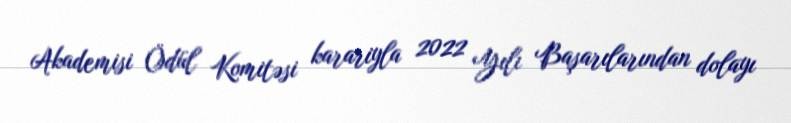
Akademisi Ödül Komitəsi karariyla 2022 Yılı Başarılarından dolayı